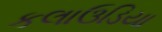
કલાઉડિયા